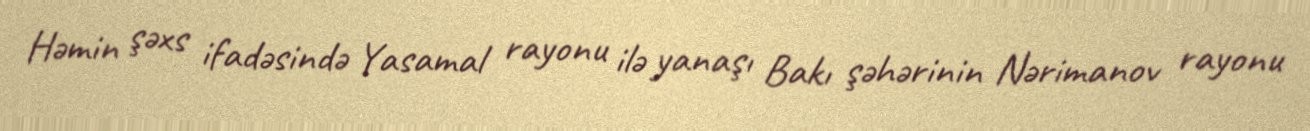
Həmin şəxs ifadəsində Yasamal rayonu ilə yanaşı Bakı şəhərinin Nərimanov rayonu